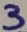
Text: 3